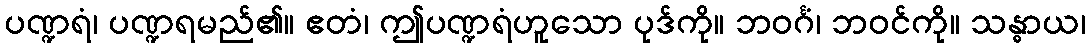
ပဏ္ဍရံ၊ ပဏ္ဍရမည်၏။ ဧတံ၊ ဤပဏ္ဍရံဟူသော ပုဒ်ကို။ ဘဝင်္ဂံ၊ ဘဝင်ကို။ သန္ဓာယ၊